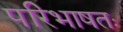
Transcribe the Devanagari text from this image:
परिभाषतः